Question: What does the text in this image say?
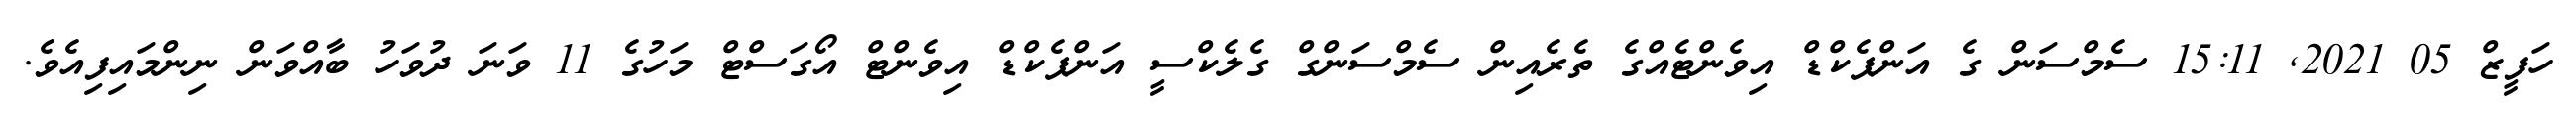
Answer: ހަފީޒް 05 2021, 15:11 ސެމްސަން ގެ އަންޕެކްޑް އިވެންޓެއްގެ ތެރެއިން ސެމްސަންގް ގެލެކްސީ އަންޕެކްޑް އިވެންޓް އޯގަސްޓް މަހުގެ 11 ވަނަ ދުވަހު ބާއްވަން ނިންމައިފިއެވެ.